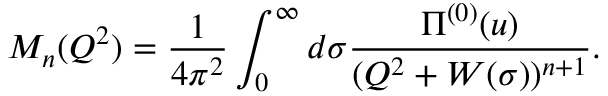
M _ { n } ( Q ^ { 2 } ) = \frac { 1 } { 4 \pi ^ { 2 } } \int _ { 0 } ^ { \infty } d \sigma \frac { \Pi ^ { ( 0 ) } ( u ) } { ( Q ^ { 2 } + W ( \sigma ) ) ^ { n + 1 } } .